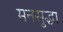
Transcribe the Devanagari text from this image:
मनसुद्धा